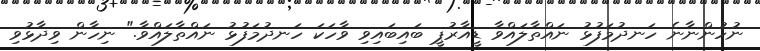
ނުހުންނާނެ ހަނދުމަފުޅު ނައްތާލައްވާ ޑީއާރުޕީ ބައިބައިވި ވާހަކަ ހަނދުމަފުޅު ނައްތާލައްވާ." ނިހާން ވިދާޅުވި